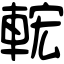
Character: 𨌆